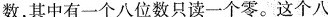
数，其中有一个八位数只读一个零。这个八